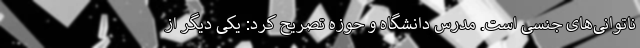
ناتوانی‌های جنسی است. مدرس دانشگاه و حوزه تصریح کرد: یکی دیگر از